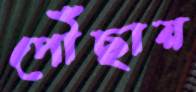
পৌঁছায়